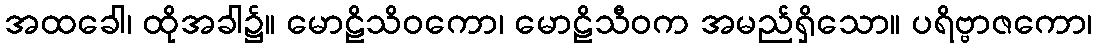
အထခေါ၊ ထိုအခါ၌။ မောဠိသိဝကော၊ မောဠိသီဝက အမည်ရှိသော။ ပရိဗ္ဗာဇကော၊